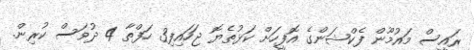
ރައީސް މައުމޫން ފެކްޝަންގެ އޮފީހަށް ކަޅުތެޔޮ ޖަހައިފި3 ހަފްތާ 4 ދުވަސް ކުރިން.